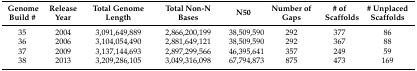
| Genome Build # | Release Year | Total Genome Length | Total Non-N Bases | N50 | Number of Gaps | # of Scaffolds | # Unplaced Scaffolds |
 | --- | --- | --- | --- | --- | --- | --- | --- |
 | 35 | 2004 | 3,091,649,889 | 2,866,200,199 | 38,509,590 | 292 | 377 | 86 |
 | 36 | 2006 | 3,104,054,490 | 2,881,649,121 | 38,509,590 | 292 | 367 | 88 |
 | 37 | 2009 | 3,137,144,693 | 2,897,299,566 | 46,395,641 | 357 | 249 | 59 |
 | 38 | 2013 | 3,209,286,105 | 3,049,316,098 | 67,794,873 | 875 | 473 | 169 |